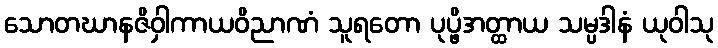
သောတဃာနဇိဝှါကာယဝိညာဏံ သူရတော ပုပ္ဖိအတ္ထာယ သမ္ပဒါနံ ယုဝါသု